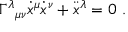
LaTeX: \Gamma ^ { \lambda } { } _ { \mu \nu } { \dot { x } } ^ { \mu } { \dot { x } } ^ { \nu } + { \ddot { x } } ^ { \lambda } = 0 \ .